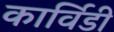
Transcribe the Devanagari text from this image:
कार्विडी